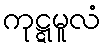
ကုဋ္ဋမူလံ